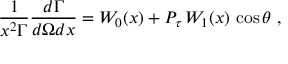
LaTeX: \frac { 1 } { x ^ { 2 } \Gamma } \frac { d \Gamma } { d \Omega d x } = W _ { 0 } ( x ) + P _ { \tau } \, W _ { 1 } ( x ) \, \cos \theta ~ ,